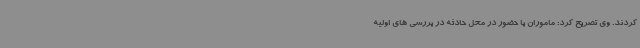
کردند. وی تصریح کرد: ماموران با حضور در محل حادثه در بررسی های اولیه